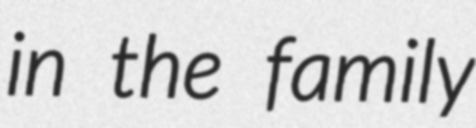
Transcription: in the family